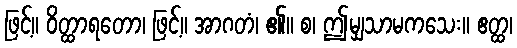
ဖြင့်။ ဝိတ္ထာရတော၊ ဖြင့်။ အာဂတံ၊ ၏။ စ၊ ဤမျှသာမကသေး။ ဧတ္ထ၊